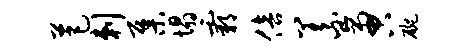
芭剌集塌霸倍义啻碗